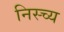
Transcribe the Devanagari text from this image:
निस्च्य